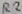
Text: R2